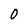
Character: 0